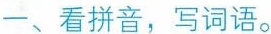
一、看拼音，写词语。